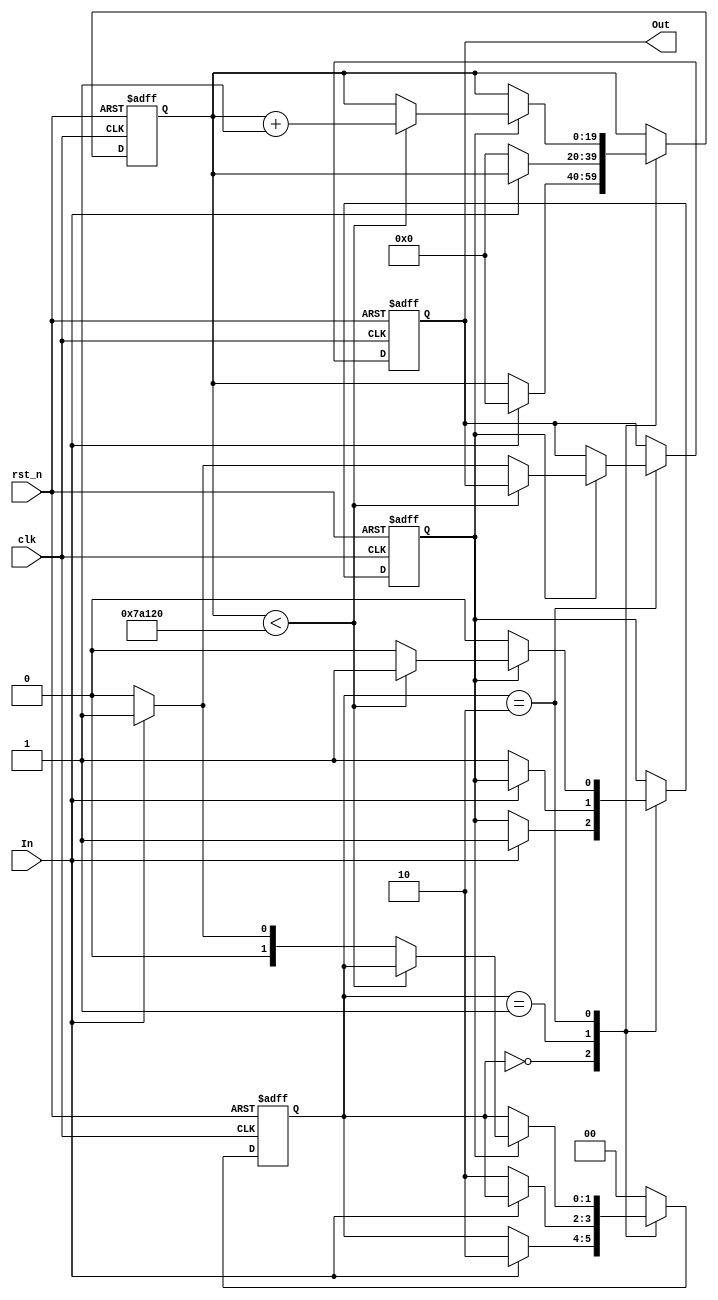
module DebouncedEdgeDetector (
    input wire clk,            // Clock signal
    input wire rst_n,         // Active low reset
    input wire In,            // Noisy input signal
    output reg Out            // Clean output signal
);

    // Parameter for debounce time (in clock cycles)
    parameter DEBOUNCE_TIME = 500000; // Adjust based on clock frequency for desired debounce time

    // State registers
    reg [1:0] state;          // Current state and previous state
    reg [19:0] counter;       // Counter for debounce timing
    reg debounce_active;      // Flag to indicate debounce period

    // State encoding
    localparam STABLE_LOW = 2'b00;
    localparam STABLE_HIGH = 2'b01;
    localparam CHANGING = 2'b10;

    // Initial state
    initial begin
        state = STABLE_LOW;
        Out = 0;
        counter = 0;
        debounce_active = 0;
    end

    // Main process
    always @(posedge clk or negedge rst_n) begin
        if (!rst_n) begin
            // Reset state
            state <= STABLE_LOW;
            Out <= 0;
            counter <= 0;
            debounce_active <= 0;
        end else begin
            case (state)
                STABLE_LOW: begin
                    if (In) begin
                        // Input went high, start debounce
                        state <= CHANGING;
                        counter <= 0;
                        debounce_active <= 1;
                    end
                end

                STABLE_HIGH: begin
                    if (!In) begin
                        // Input went low, start debounce
                        state <= CHANGING;
                        counter <= 0;
                        debounce_active <= 1;
                    end
                end

                CHANGING: begin
                    if (debounce_active) begin
                        // Increment counter during debounce period
                        if (counter < DEBOUNCE_TIME) begin
                            counter <= counter + 1;
                        end else begin
                            // Debounce period completed
                            debounce_active <= 0;
                            if (In) begin
                                // Transition to stable high
                                state <= STABLE_HIGH;
                                Out <= 1; // Output high
                            end else begin
                                // Transition to stable low
                                state <= STABLE_LOW;
                                Out <= 0; // Output low
                            end
                        end
                    end
                end

                default: state <= STABLE_LOW; // Default case
            endcase
        end
    end

endmodule